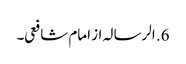
6. الرسالہ از امام شافعی۔